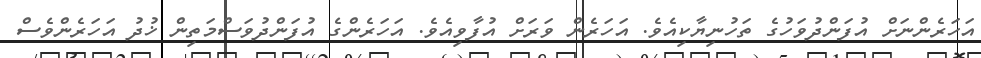
އަހަރެންނަށް އުފަންދުވަހުގެ ތަހުނިޔާކިއެވެ. އަހަރެން ވަރަށް އުފާވިއެވެ. އަހަރެންގެ އުފަންދުވަސްމަތިން ޚުދު އަހަރެންވެސް